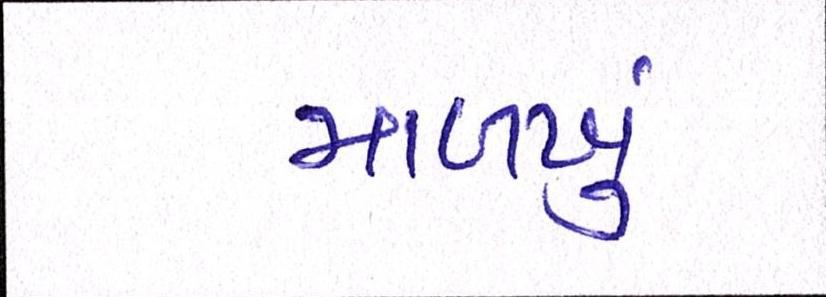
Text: માળખું